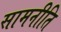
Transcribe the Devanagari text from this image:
सामनीति